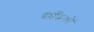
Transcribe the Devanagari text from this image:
ग्राफिकों